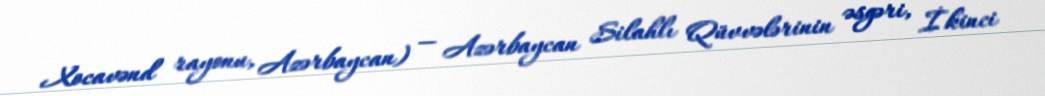
Xocavənd rayonu, Azərbaycan) — Azərbaycan Silahlı Qüvvələrinin əsgəri, İkinci